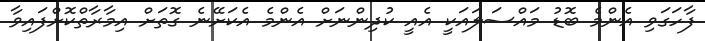
ފާހަގަވި އެންމެ ބޮޑު މައްސަލައަކީ އެއީ ކުދިންނަށް އެންމެ އެކަށޭނެ ގޮތަށް އިމާރާތްކޮށްފައިވާ